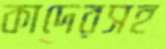
কাদেরসহ